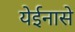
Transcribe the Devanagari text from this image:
येईनासे